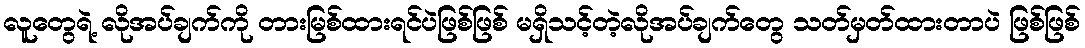
လူတွေရဲ့ လိုအပ်ချက်ကို တားမြစ်ထားရင်ပဲဖြစ်ဖြစ် မရှိသင့်တဲ့လိုအပ်ချက်တွေ သတ်မှတ်ထားတာပဲ ဖြစ်ဖြစ်